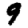
Digit: 9